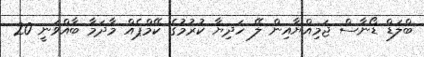
ބްލަޑް ޑޯނާސް ޖަމިއްޔާއިން ލޭ ހަދިޔާ ކުރުމުގެ ކޭމްޕެއް މާދަމާ ބާއްވަނީ 20